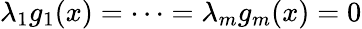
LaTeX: \lambda_{1}g_{1}(x)=\cdots=\lambda_{m}g_{m}(x)=0